Civil Veterinary Department ledger series I-VI
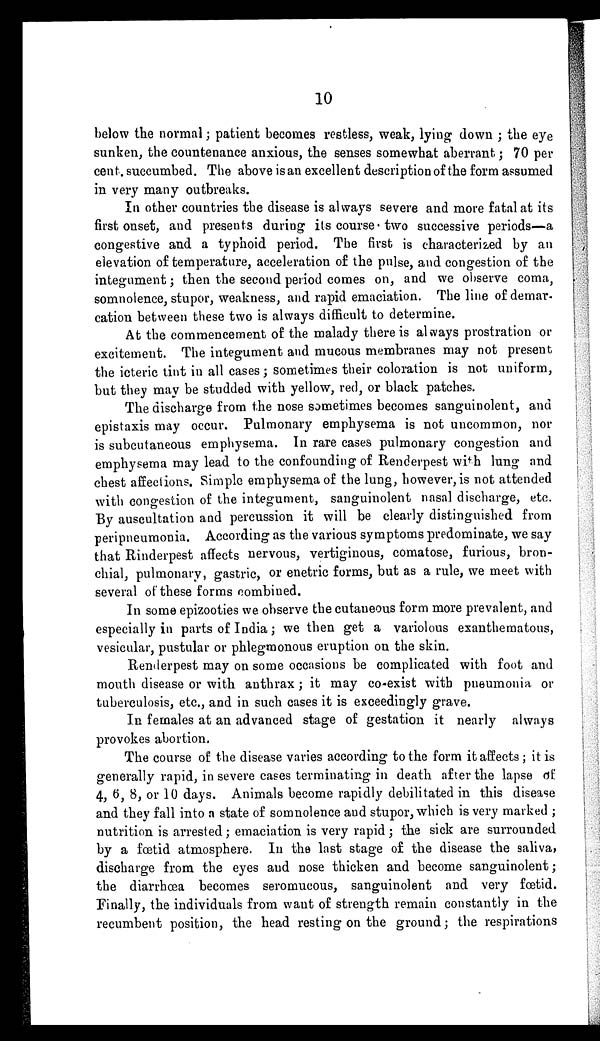
10
below the normal; patient becomes restless, weak, lying down ; the eye
sunken, the countenance anxious, the senses somewhat aberrant; 70 per
cent. succumbed. The above is an excellent description of the form assumed
in very many outbreaks.
In other countries the disease is always severe and more fatal at its
first onset, and presents during its course two successive periods—a
congestive and a typhoid period. The first is characterized by an
elevation of temperature, acceleration of the pulse, and congestion of the
integument; then the second period comes on, and we observe coma,
somnolence, stupor, weakness, and rapid emaciation. The line of demar-
cation between these two is always difficult to determine.
At the commencement of the malady there is always prostration or
excitement. The integument and mucous membranes may not present
the icteric tint in all cases; sometimes their coloration is not uniform,
but they may be studded with yellow, red, or black patches.
The discharge from the nose sometimes becomes sanguinolent, and
epistaxis may occur. Pulmonary emphysema is not uncommon, nor
is subcutaneous emphysema. In rare cases pulmonary congestion and
emphysema may lead to the confounding of Renderpest with lung and
chest affections. Simple emphysema of the lung, however, is not attended
with congestion of the integument, sanguinolent nasal discharge, etc.
By auscultation and percussion it will be clearly distinguished from
peripneumonia. According as the various symptoms predominate, we say
that Rinderpest affects nervous, vertiginous, comatose, furious, bron-
chial, pulmonary, gastric, or enetric forms, but as a rule, we meet with
several of these forms combined.
In some epizooties we observe the cutaneous form more prevalent, and
especially in parts of India; we then get a variolous exanthematous,
vesicular, pustular or phlegmonous eruption on the skin.
Renderpest may on some occasions be complicated with foot and
mouth disease or with anthrax; it may co-exist with pneumonia or
tuberculosis, etc., and in such cases it is exceedingly grave.
In females at an advanced stage of gestation it nearly always
provokes abortion.
The course of the disease varies according to the form it affects ; it is
generally rapid, in severe cases terminating in death after the lapse of
4, 6, 8, or 10 days. Animals become rapidly debilitated in this disease
and they fall into a state of somnolence and stupor, which is very marked ;
nutrition is arrested; emaciation is very rapid; the sick are surrounded
by a fœtid atmosphere. In the last stage of the disease the saliva,
discharge from the eyes and nose thicken and become sanguinolent;
the diarrhœa becomes seromucous, sanguinolent and very fœtid.
Finally, the individuals from want of strength remain constantly in the
recumbent position, the head resting on the ground; the respirations